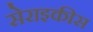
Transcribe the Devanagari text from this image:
सेराइकीस